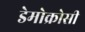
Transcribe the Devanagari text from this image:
डेमोक्रोसी